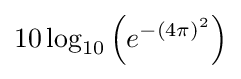
10\log _{10}\left(e^{{-\left(4\pi \right)}^{2}}\right)